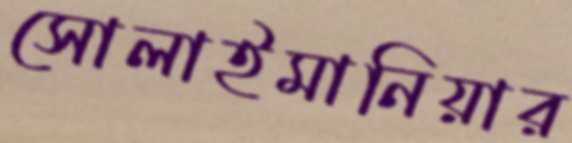
সোলাইমানিয়ার